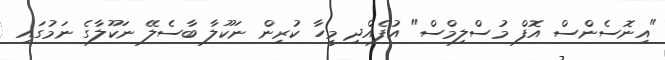
"އިނޮސެންސް އޮފް މުސްލިމްސް" އުފެއްދި މީހާ ކުރިން ނަކޫލާ ބާސެލޭ ނަކޫލާގެ ނަމުގައި